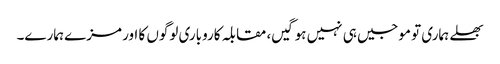
بھلے ہماری تو موجیں ہی نہیں ہوگیں، مقابلہ کاروباری لوگوں کا اور مزے ہمارے۔